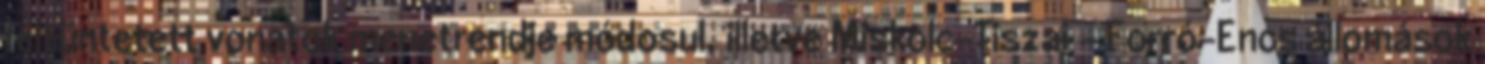
feltüntetett vonatok menetrendje módosul, illetve Miskolc-Tiszai – Forró-Encs állomások